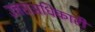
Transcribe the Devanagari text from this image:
उत्तराअधिकारी